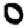
Digit: 0